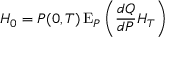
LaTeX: H _ { 0 } = P ( 0 , T ) \operatorname { E } _ { P } \left( { \frac { d Q } { d P } } H _ { T } \right)